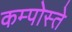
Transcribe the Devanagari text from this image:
कम्पोस्ते